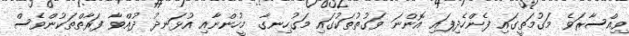
ވިއްސާރަވެ މަގުމަތީގައި ފެންހެދިފައި އޮންނަ ވަގުތުތަކުގައި މަގުހިނގާ މީހުންނާއި އުޅަނދު ދުއްވާ ފަރާތްތަކުންވެސް